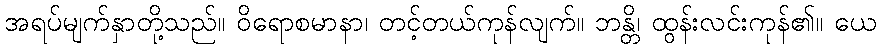
အရပ်မျက်နှာတို့သည်။ ဝိရောစမာနာ၊ တင့်တယ်ကုန်လျက်။ ဘန္တိ၊ ထွန်းလင်းကုန်၏။ ယေ